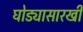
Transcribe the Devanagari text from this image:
घोड्यासारखी